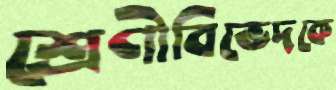
শ্রেণীবিভেদকে